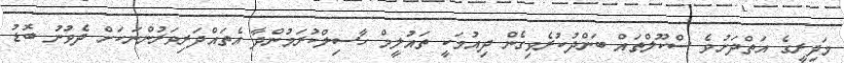
މަދިރީގެ އަތްދަށުވެ ސްކޫލްތައް ބަންދުކުރެވިގެން ދިއުމަކީ ތައުލީމް ހާސިލްކުރަމުންދާ އެތައްދަރިވަރުންނަކަށް ދެވުނު ބޮޑު